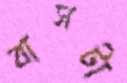
বাসটা